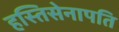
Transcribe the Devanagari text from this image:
हस्तिसेनापति